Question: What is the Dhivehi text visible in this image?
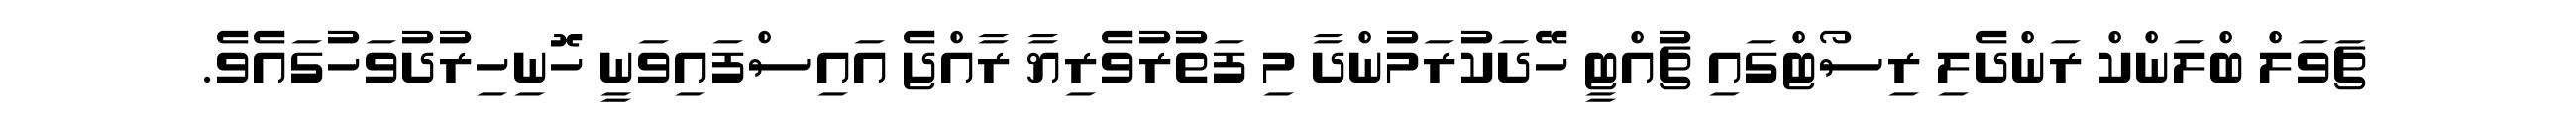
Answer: ޗަވަލް ބްލަންކް ރަންދެލި ރިސޯޓްގައި ޗުއްޓީ ހޭދަކުރަމުންދާ މި ފަތުރުވެރިޔާ ރާއްޖެ އައިސްފައިވަނީ ހޮނިހިރުދުވަހުގައެވެ.